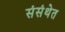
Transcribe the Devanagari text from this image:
संसंथेत